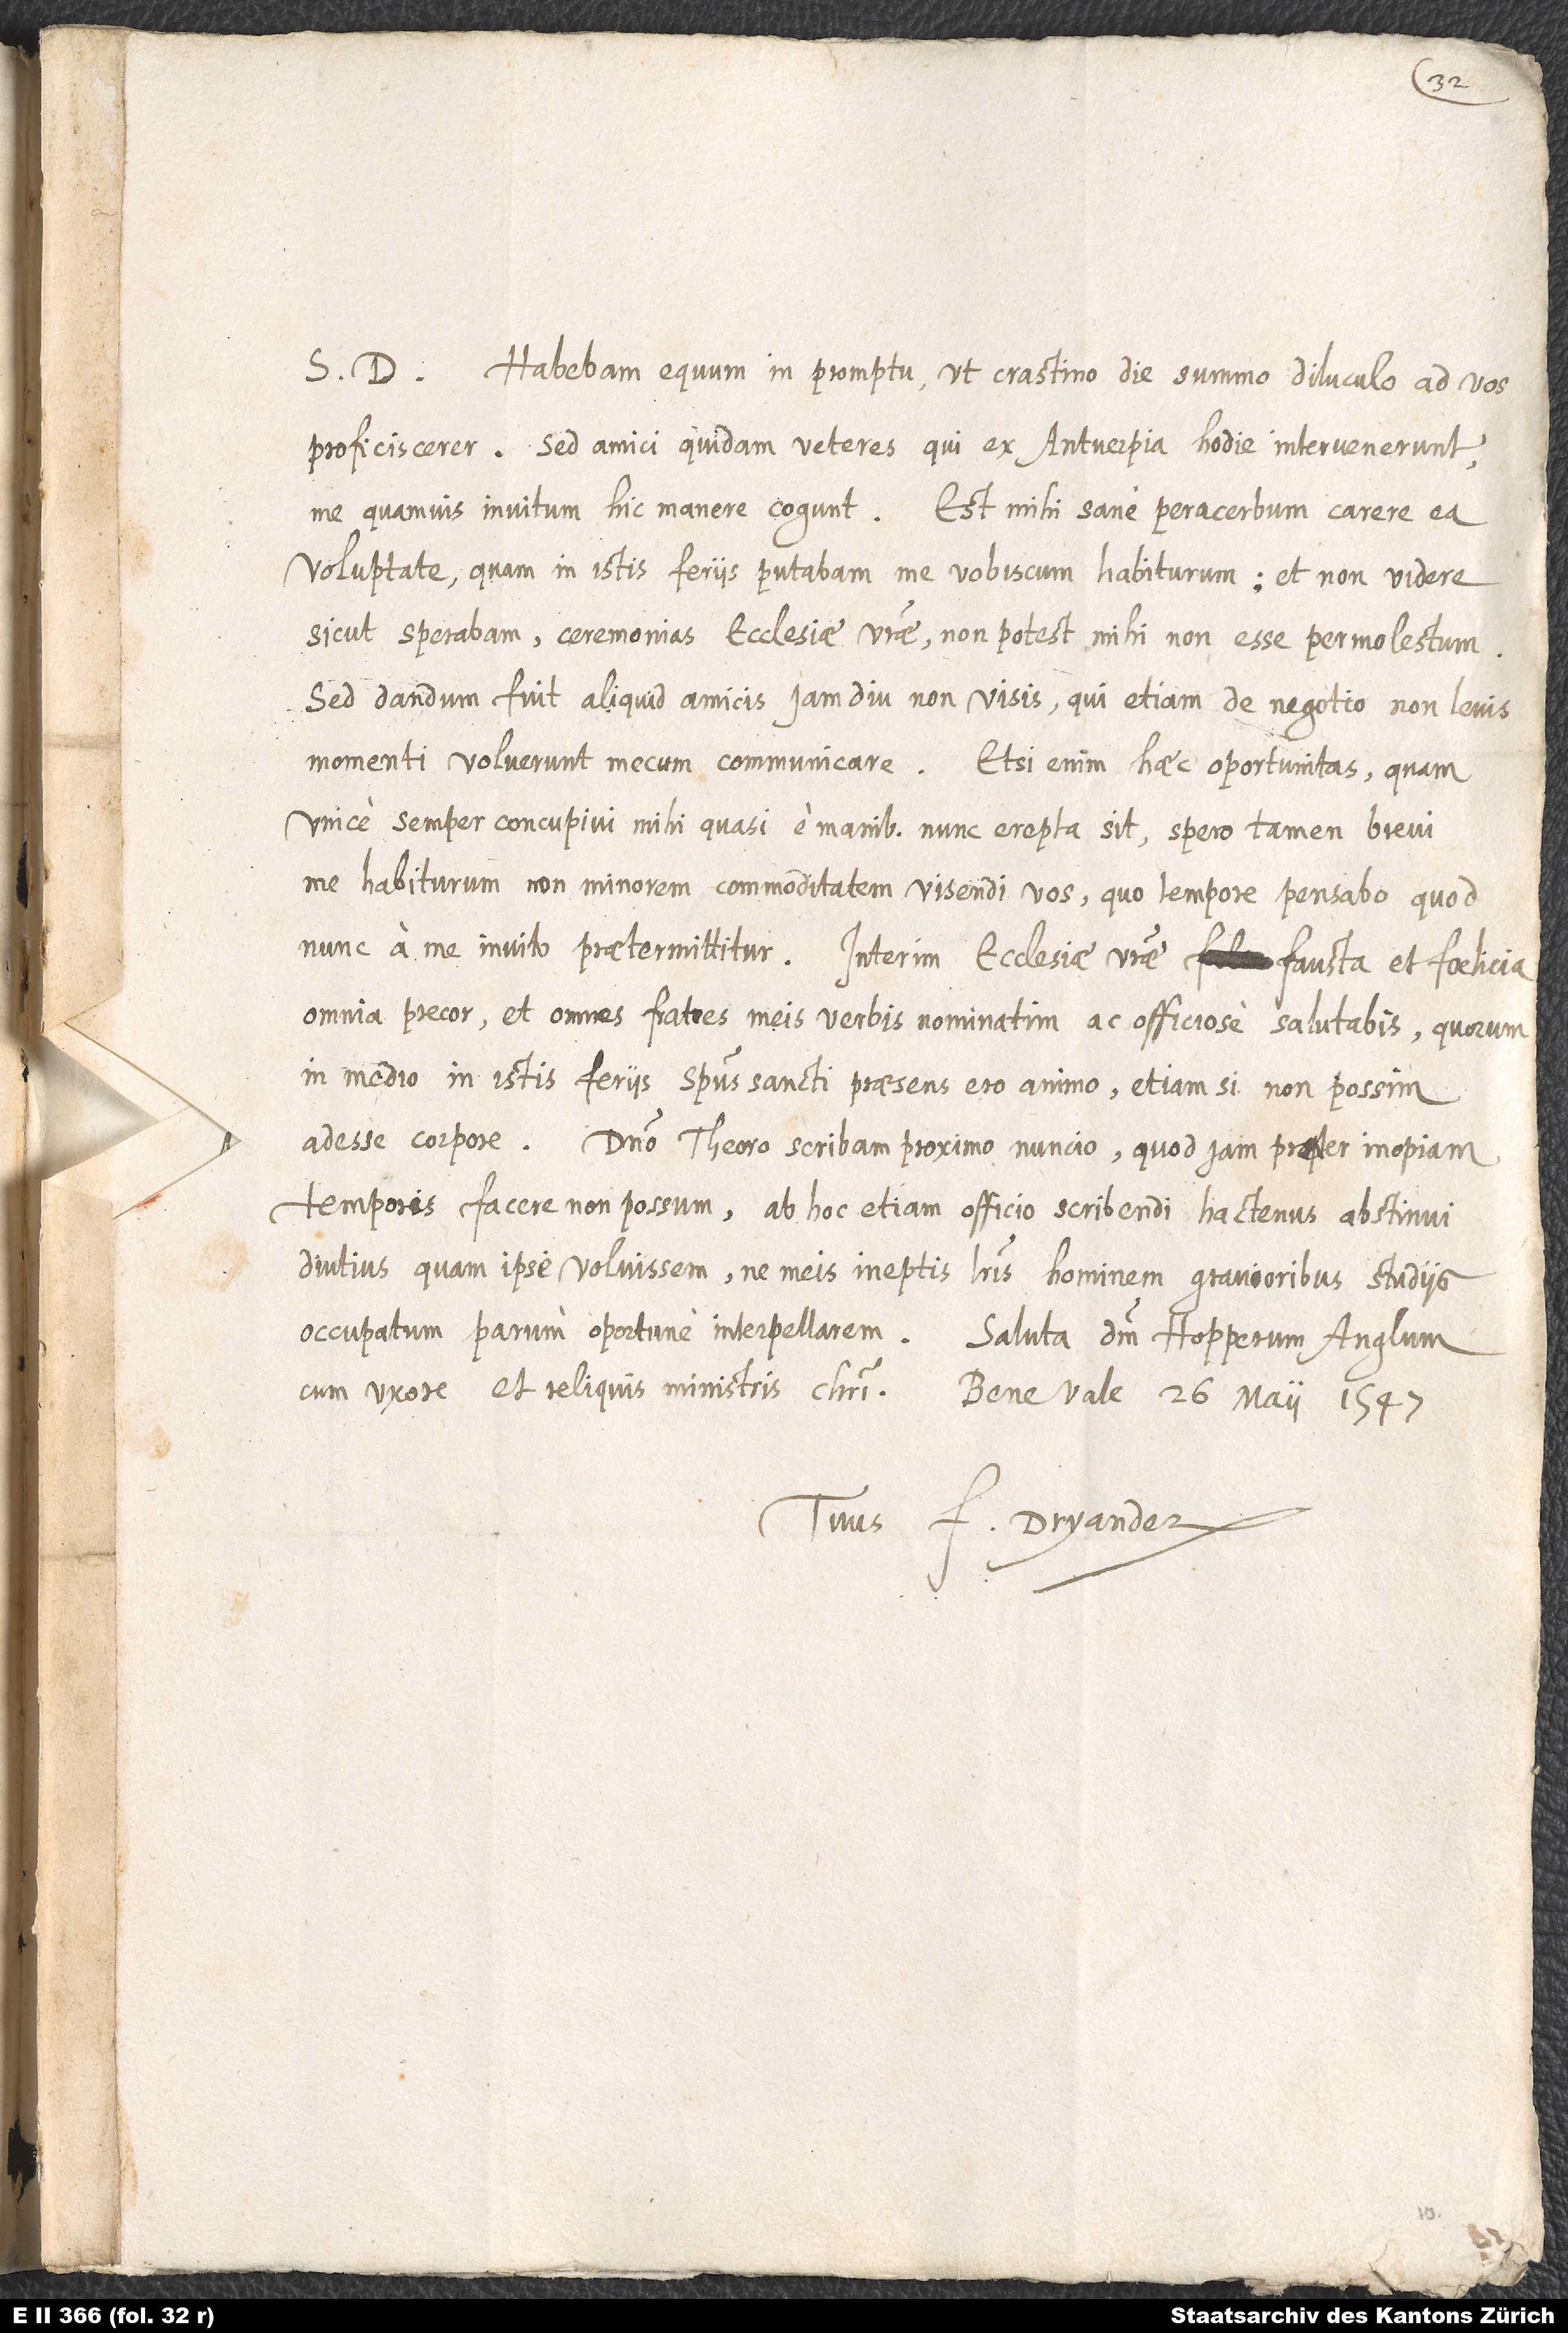
S. D. Habebam equum in promptu, ut crastino die summo diluculo ad vos
proficiscerer. Sed amici quidam veteres, qui ex Antverpia hodie intervenerunt,
me quamvis invitum hic manere cogunt. Est mihi sane peracerbum carere ea
voluptate, quam in istis feriis putabam me vobiscum habiturum, et non videre,
sicut sperabam, ceremonias ecclesiae vestrae, non potest mihi non esse permolestum.
Sed dandum fuit aliquid amicis iam diu non visis, qui etiam de negotio non levis
momenti voluerunt mecum communicare.
Etsi enim haec oportunitas, quam
unice semper concupivi, mihi quasi e manibus nunc erepta sit, spero tamen brevi
me habiturum non minorem commoditatem visendi vos; quo tempore pensabo, quod
nunc a me invito praetermittitur. Interim ecclesiae vestrae fausta et foelicia
omnia precor et omnes fratres meis verbis nominatim ac officiose salutabis, quorum
in medio in istis feriis spiritus sancti praesens ero animo, etiamsi non possim
adesse corpore. Domino Theoro scribam proximo nuncio, quod iam propter inopiam
temporis facere non possum. Ab hoc etiam officio scribendi hactenus abstinui
diutius, quam ipse voluissem, ne meis ineptis literis hominem gravioribus studiis
occupatam parum oportune interpellarem. Saluta dominum Hopperum Anglum
cum uxore et reliquis ministris Christi.
Bene vale. 26. mai 1547.
Tuus F. Dryander.